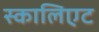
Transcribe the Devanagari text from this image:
स्कालिएट